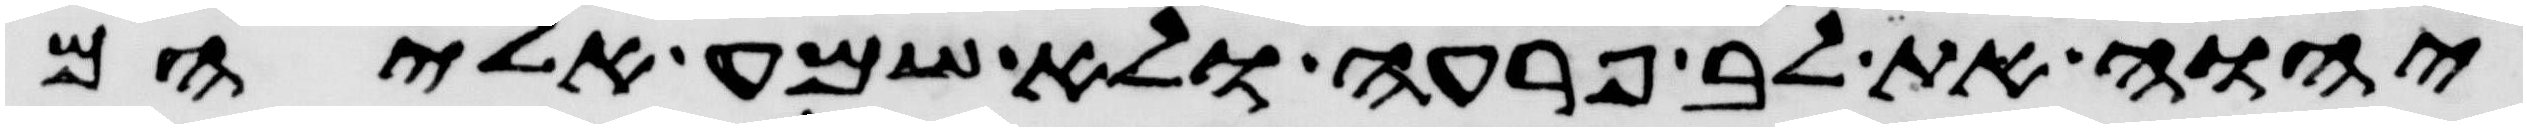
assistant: יהוה את לב פרעה ולא שמע אליהם